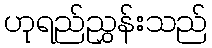
ဟုရည်ညွှန်းသည်